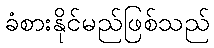
ခံစားနိုင်မည်ဖြစ်သည်